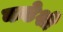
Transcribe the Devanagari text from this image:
कडेशी